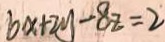
6 x + 2 y - 8 z = 2